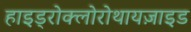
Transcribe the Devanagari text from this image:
हाइड्रोक्लोरोथायज़ाइड